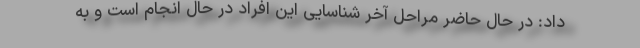
داد: در حال حاضر مراحل آخر شناسایی این افراد در حال انجام است و به